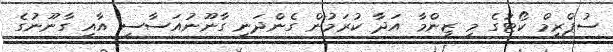
ސުޕްރީމް ކޯޓުގެ މި ޒިންމާ އަދާ ކުރަމުން ގެންދަނީ ގާނޫނުއަސާސީ އާއި ގާނޫނުގެ